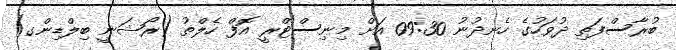
ބުރާސްފަތި ދުވަހުގެ ހެނދުނު 09:30 އަށް މިނިސްޓްރީ އޮފް ހެލްތު (ރޯޝަނީ ބިލްޑިންގ)